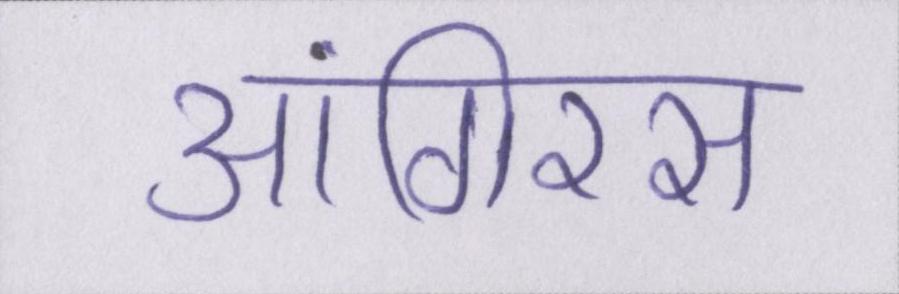
आंगिरस